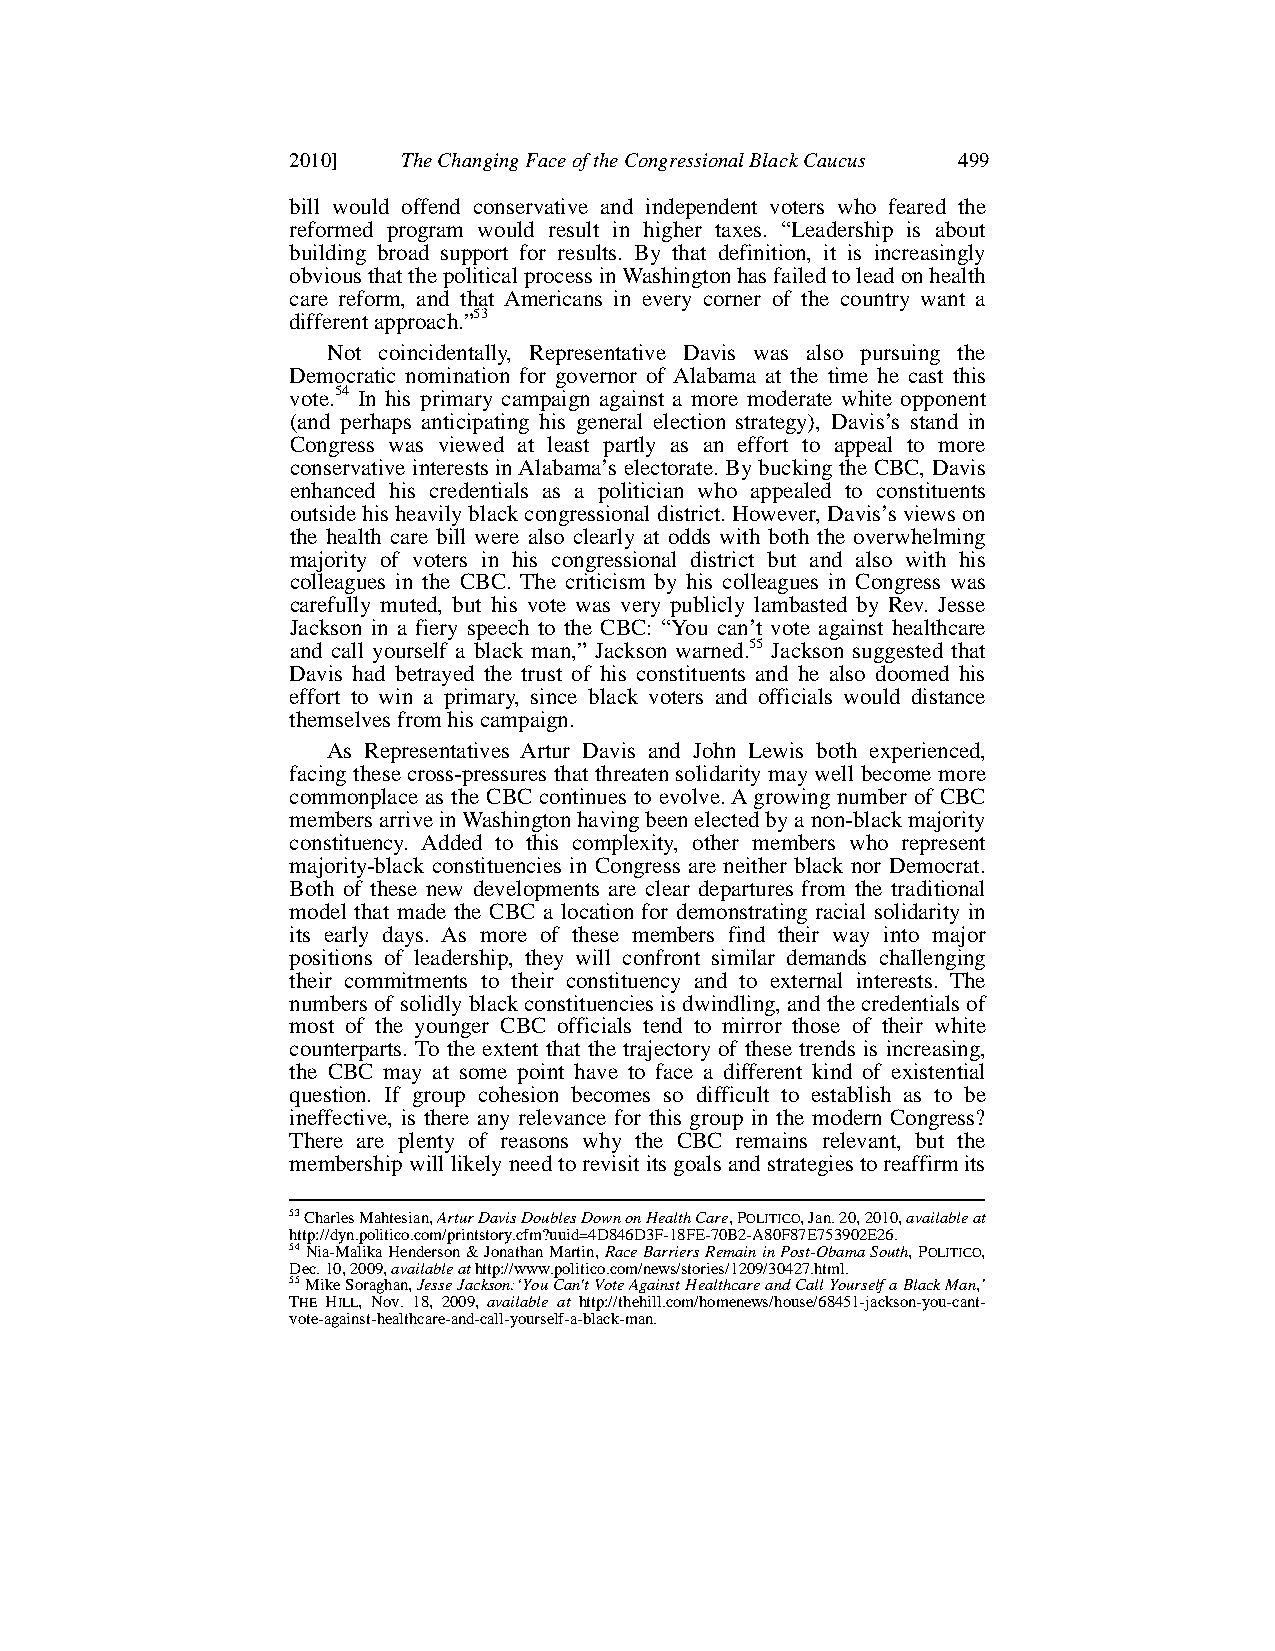
2010]   The Changing Face of the Congressional Black Caucus 499
 bill would offend conservative and independent voters who feared the
 reformed program would result in higher taxes. “Leadership is about
 building broad support for results. By that definition, it is increasingly
 obvious that the political process in Washington has failed to lead on health
 care reform, and that Americans in every corner of the country want a
 different approach.”53
 Not coincidentally, Representative Davis was also pursuing the
 Democratic nomination for governor of Alabama at the time he cast this
 vote.54 In his primary campaign against a more moderate white opponent
 (and perhaps anticipating his general election strategy), Davis’s stand in
 Congress was viewed at least partly as an effort to appeal to more
 conservative interests in Alabama’s electorate. By bucking the CBC, Davis
 enhanced his credentials as a politician who appealed to constituents
 outside his heavily black congressional district.However, Davis’s views on
 the health care bill were also clearly at odds with both the overwhelming
 majority of voters in his congressional district but and also with his
 colleagues in the CBC. The criticism by his colleagues in Congress was
 carefully muted, but his vote was very publicly lambasted by Rev. Jesse
 Jackson in a fiery speech to the CBC: “You can’t vote against healthcare
 and call yourself a black man,” Jackson warned.55 Jackson suggested that
 Davis had betrayed the trust of his constituents and he also doomed his
 effort to win a primary, since black voters and officials would distance
 themselves from his campaign.
 As Representatives Artur Davis and John Lewis both experienced,
 facing these cross-pressures that threaten solidarity may well become more
 commonplace as the CBC continues to evolve.A growing number of CBC
 members arrive in Washington having been elected by a non-black majority
 constituency. Added to this complexity, other members who represent
 majority-black constituencies in Congress are neither black nor Democrat.
 Both of these new developments are clear departures from the traditional
 model that made the CBC a location for demonstrating racial solidarity in
 its early days. As more of these members find their way into major
 positions of leadership, they will confront similar demands challenging
 their commitments to their constituency and to external interests. The
 numbers of solidlyblack constituencies is dwindling, and the credentials of
 most of the younger CBC officials tend to mirror those of their white
 counterparts. To the extent that the trajectory of these trends is increasing,
 the CBC may at some point have to face a different kind of existential
 question. If group cohesion becomes so difficult to establish as to be
 ineffective, is there any relevance for this group in the modern Congress?
 There are plenty of reasons why the CBC remains relevant, but the
 membership will likely need to revisit its goals and strategies to reaffirm its
 53Charles Mahtesian, Artur Davis Doubles Down on Health Care,POLITICO,Jan. 20, 2010, available at
 http://dyn.politico.com/printstory.cfm?uuid=4D846D3F-18FE-70B2-A80F87E753902E26.
 54Nia-Malika Henderson & Jonathan Martin, Race Barriers Remain in Post-Obama South,POLITICO,
 Dec. 10, 2009, available athttp://www.politico.com/news/stories/1209/30427.html.
 55Mike Soraghan, Jesse Jackson:‘You Can't Vote Against Healthcare and Call Yourself a Black Man,’
 THE HILL, Nov. 18, 2009, available at http://thehill.com/homenews/house/68451-jackson-you-cant-
 vote-against-healthcare-and-call-yourself-a-black-man.